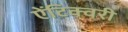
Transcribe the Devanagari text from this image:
ऐंटिक्वरी